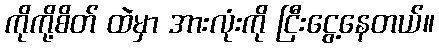
ကိုကို့စိတ် ထဲမှာ အားလုံးကို ငြီးငွေ့နေတယ်။